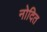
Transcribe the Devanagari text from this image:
नोदित